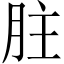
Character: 𦙴